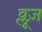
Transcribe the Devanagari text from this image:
व्लूज़